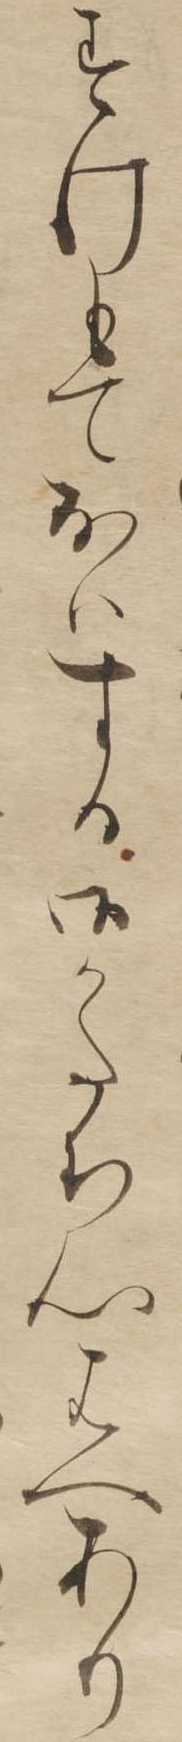
すけもておはする御かたち心はへあり